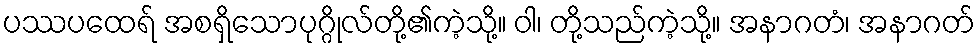
ပဿပထေရ် အစရှိသောပုဂ္ဂိုလ်တို့၏ကဲ့သို့။ ဝါ၊ တို့သည်ကဲ့သို့။ အနာဂတံ၊ အနာဂတ်